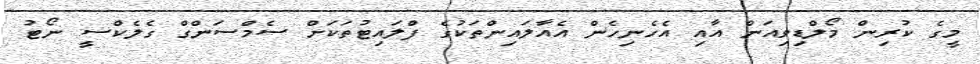
މީގެ ކުރިން މޯލްޑިވިއަން އާއި އެހެނިހެން އެއާލައިންތަކުގެ ފްލައިޓުތަކަށް ސެމްސަންގް ގެލެކްސީ ނޯޓު